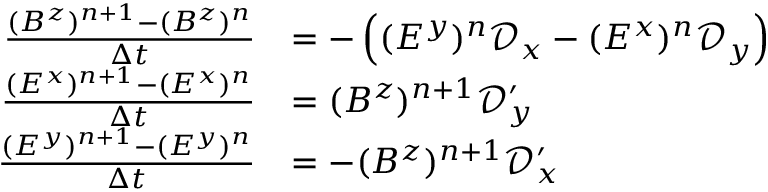
\begin{array} { r l } { \frac { ( B ^ { z } ) ^ { n + 1 } - ( B ^ { z } ) ^ { n } } { \Delta t } } & { = - \left( ( E ^ { y } ) ^ { n } \mathscr D _ { x } - ( E ^ { x } ) ^ { n } \mathscr D _ { y } \right) } \\ { \frac { ( E ^ { x } ) ^ { n + 1 } - ( E ^ { x } ) ^ { n } } { \Delta t } } & { = ( B ^ { z } ) ^ { n + 1 } \mathscr D _ { y } ^ { \prime } } \\ { \frac { ( E ^ { y } ) ^ { n + 1 } - ( E ^ { y } ) ^ { n } } { \Delta t } } & { = - ( B ^ { z } ) ^ { n + 1 } \mathscr D _ { x } ^ { \prime } } \end{array}